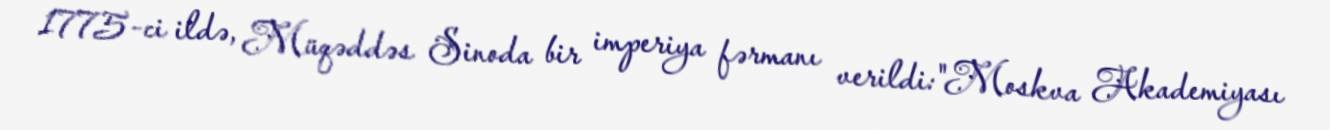
1775-ci ildə, Müqəddəs Sinoda bir imperiya fərmanı verildi:"Moskva Akademiyası